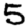
Digit: 5